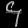
Digit: ၄